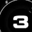
Digit: 3